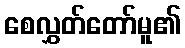
စေလွှတ်တော်မူ၏